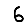
Digit: 6